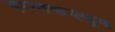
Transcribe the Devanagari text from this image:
हरन्यकश्युप